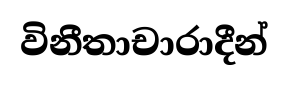
විනීතාචාරාදීන්